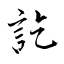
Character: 訖